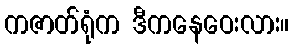
ကဇာတ်ရုံက ဒီကနေဝေးလား။